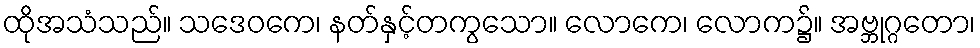
ထိုအသံသည်။ သဒေဝကေ၊ နတ်နှင့်တကွသော။ လောကေ၊ လောက၌။ အဗ္ဘုဂ္ဂတော၊